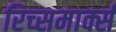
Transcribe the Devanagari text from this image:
रिच्समार्क्स